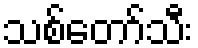
သစ်တော်သီး